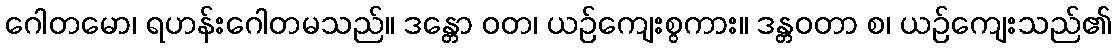
ဂေါတမော၊ ရဟန်းဂေါတမသည်။ ဒန္တော ဝတ၊ ယဉ်ကျေးစွကား။ ဒန္တဝတာ စ၊ ယဉ်ကျေးသည်၏